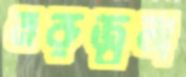
মরুজ্বলা